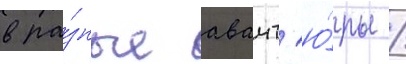
в ра́зные авант'ю́ры /